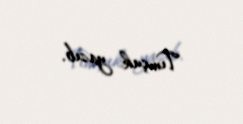
Tımçuk yazıb.